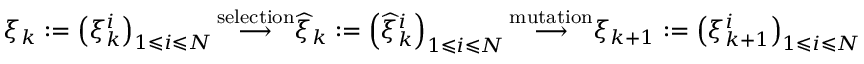
\xi _ { k } : = \left( \xi _ { k } ^ { i } \right) _ { 1 \leqslant i \leqslant N } { \stackrel { \mathrm { s e l e c t i o n } } { \longrightarrow } } { \widehat { \xi } } _ { k } : = \left( { \widehat { \xi } } _ { k } ^ { i } \right) _ { 1 \leqslant i \leqslant N } { \stackrel { \mathrm { m u t a t i o n } } { \longrightarrow } } \xi _ { k + 1 } : = \left( \xi _ { k + 1 } ^ { i } \right) _ { 1 \leqslant i \leqslant N }